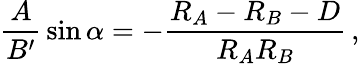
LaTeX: {\frac{A}{B^{\prime}}}\sin\alpha=-{\frac{R_{A}-R_{B}-D}{R_{A}R_{B}}}\, ,